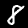
Digit: 8